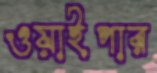
ওয়াইপার